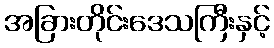
အခြားတိုင်းဒေသကြီးနှင့်